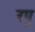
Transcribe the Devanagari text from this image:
रपू